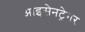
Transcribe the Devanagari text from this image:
आइसेनट्रेगर